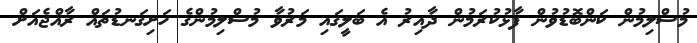
މުސްލިމުން ކަންބޮޑުވުން ފާޅުކުރަމުން ދާއިރު އެ ބަލީގައި މަރުވާ މުސްލިމުންގެ ހަށިގަނޑުތައް ރާއްޖެއަށް